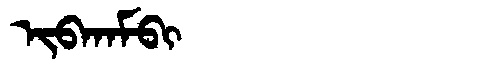
Manchu: ᡳᠪᡴᠠᠮᠪᡳ
Romanization: IBKAMBI